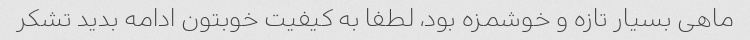
ماهی بسیار تازه و خوشمزه بود، لطفا به کیفیت خوبتون ادامه بدید تشکر